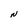
Character: N